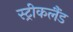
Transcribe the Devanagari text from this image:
स्ट्रीकलैंड